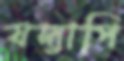
যদ্যাপি